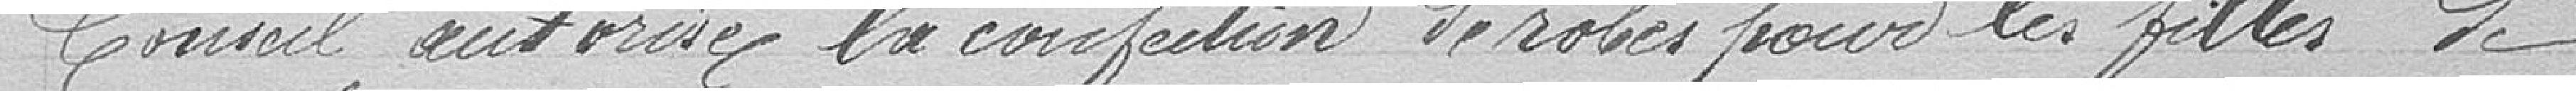
Conseil autorise la confection de robes pour les filles de